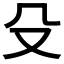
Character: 殳